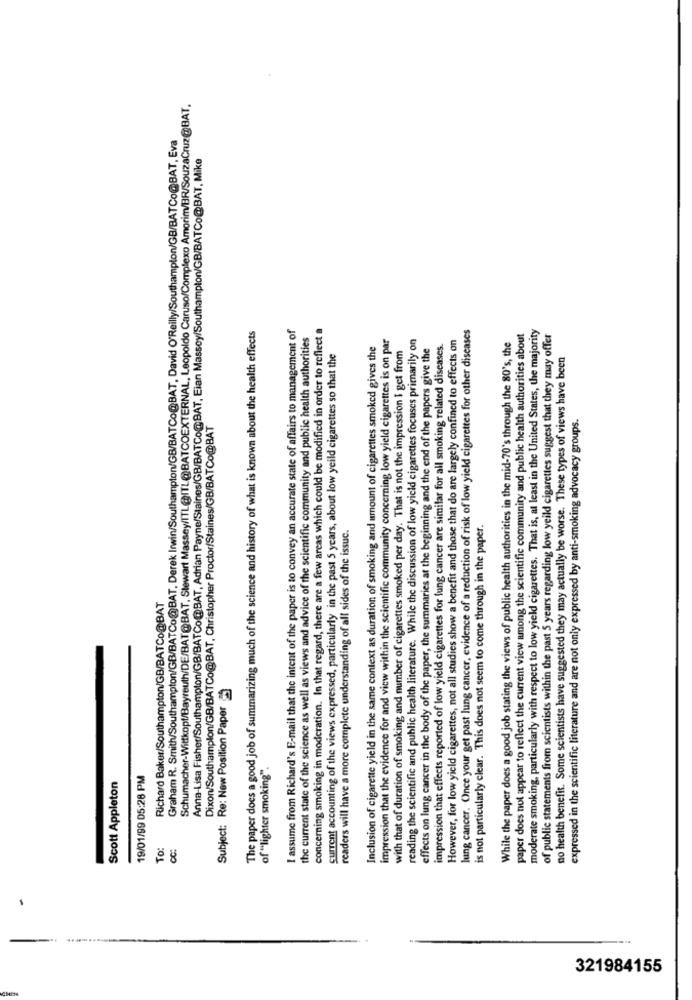
Schumacher-Wittkopf/Bayreuth/DE/BAT@BAT, Stewart Massey/ITL@ITL@BATCOEXTERNAL, Leopoldo Caruso/Complexo Amorim/BR/SouzaCruz@BAT,
Graham R. Smith/Southampton/GB/BATCo@BAT, Derek Irwin/Southampton/GB/BATCo@BAT, David O'Reilly/Southampton/GB/BATCo@BAT, Eva
Anna-Lisa Fisher/Southampton/GB/BATCo@BAT, Adrian Payne/Staines/GB/BATCo@BAT, Eian Massey/Southampton/GB/BATCo@BAT, Mike
The paper does a good job of summarizing much of the science and history of what is known about the health effects
I assume from Richard's E-mail that the intent of the paper is to convey an accurate state of affairs to management of
concerning smoking in moderation. In that regard, there are a few areas which could be modified in order to reflect a
lung cancer. Once your get past lung cancer, evidence of a reduction of risk of low yield cigarettes for other diseases
moderate smoking, particularly with respect to low yield cigarettes. That is, at least in the United States, the majority
the current state of the science as well as views and advice of the scientific community and public health authorities
impression that the evidence for and view within the scientific community concerning low yield cigarettes is on par
reading the scientific and public health literature. While the discussion of low yield cigarettes focuses primarily on
However, for low yield cigarettes, not all studies show a benefit and those that do are largely confined to effects on
While the paper does a good job stating the views of public health authorities in the mid-70's through the 80's, the
paper does not appear to reflect the current view among the scientific community and public health authorities about
of public statements from scientists within the past 5 years regarding low yeild cigarettes suggest that they may offer
Inclusion of cigarette yield in the same context as duration of smoking and amount of cigarettes smoked gives the
with that of duration of smoking and number of cigarettes smoked per day. That is not the impression I get from
effects on lung cancer in the body of the paper, the summaries at the beginning and the end of the papers give the
impression that effects reported of low yield cigarettes for lung cancer are similar for all smoking related diseases.
current accounting of the views expressed, particularly in the past 5 years, about low yeild cigarettes so that the
no health benefit. Some scientists have suggested they may actually be worse. These types of views have been
expressed in the scientific literature and are not only expressed by anti-smoking advocacy groups.
Dixon/Southamplon/GB/BATCo@BAT, Christopher Proctor/Staines/GB/BATCo@BAT
readers will have a more complete understanding of all sides of the issuc.
is not particularly clear. This does not seem to come through in the paper.
Richard Baker/Southampton/GB/BATCo@BAT
Subject: Re: New Position Paper
of "lighter smoking".
19/01/99 05:28 PM
Scott Appleton
To:
321984155